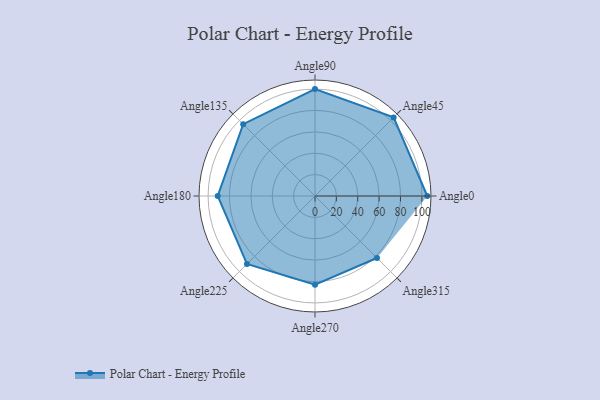
{"axis": {"x": "Angle", "y": "Radius"}, "legend": [""], "data": [{"x": "Angle0", "y": 105.0, "type": ""}, {"x": "Angle45", "y": 104.0, "type": ""}, {"x": "Angle90", "y": 100.0, "type": ""}, {"x": "Angle135", "y": 95.0, "type": ""}, {"x": "Angle180", "y": 91.0, "type": ""}, {"x": "Angle225", "y": 90.0, "type": ""}, {"x": "Angle270", "y": 83.0, "type": ""}, {"x": "Angle315", "y": 82.0, "type": ""}]}